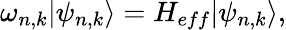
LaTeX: \omega_{n,k}|\psi_{n,k}\rangle=H_{eff}|\psi_{n,k}\rangle,